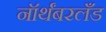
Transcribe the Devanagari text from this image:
नॉर्थंबरलँड